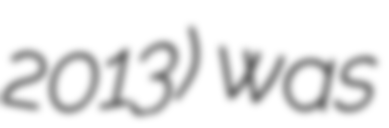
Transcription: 2013) was